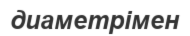
диаметрімен